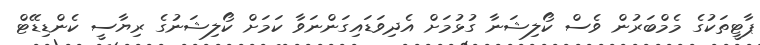
ޕާޓީތަކުގެ މެމްބަރުން ވެސް ކޯލިޝަނާ ގުޅުމަށް އެދިވަޑައިގަންނަވާ ކަމަށް ކޯލިޝަނުގެ ރިޔާސީ ކެންޑިޑޭޓް